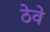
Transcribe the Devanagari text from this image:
ठेवे